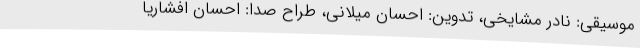
موسیقی: نادر مشایخی، تدوین: احسان میلانی، طراح صدا: احسان افشاریا